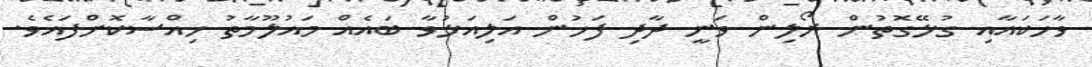
ވާހަކައާއި ގުޅޭގޮތުން ރޯލިން ވަނީ ދާދި ފަހުން އަލިއަޅުވާ ބައެއް މައުލޫމާތު ހިއްސާކޮށްފައެވެ.